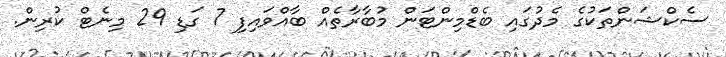
ސެކްޝަންތަކުގެ މެދުގައި ބެޑްމިންޓަން މުބާރާތެއް ބާއްވައިފި 7 ގަޑި 29 މިނެޓް ކުރިން.